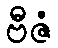
ဗီဇံ